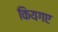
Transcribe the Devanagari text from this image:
कियगए